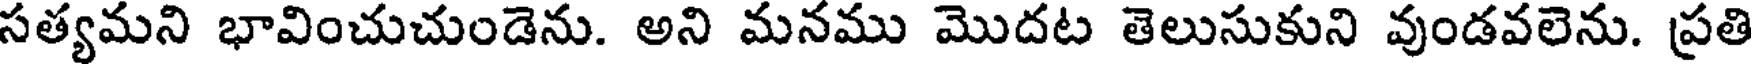
సత్యమని భావించుచుండెను. అని మనము మొదట తెలుసుకుని వుండవలెను. ప్రతి